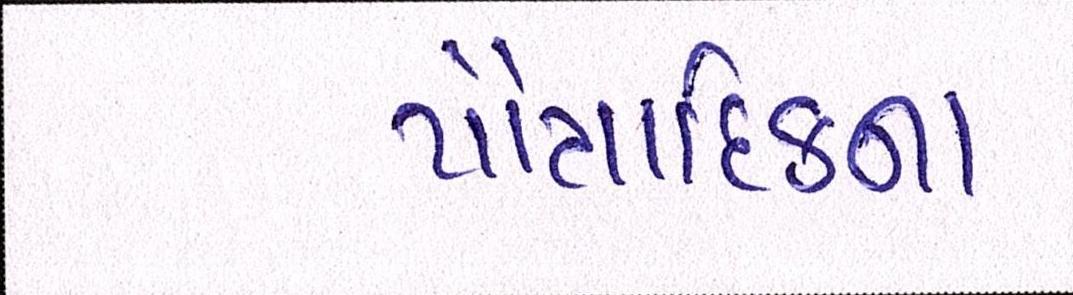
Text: પૌત્રાદિકના